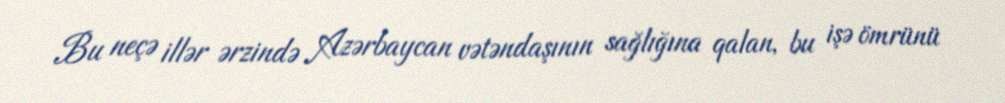
Bu neçə illər ərzində Azərbaycan vətəndaşının sağlığına qalan, bu işə ömrünü